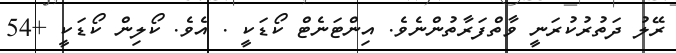
ރޭލު ދަތުރުކުރަނީ ވާތްފަރާތުންނެވެ. އިންޓަނެޓް ކޯޑަކީ . އެވެ. ކޯލިން ކޯޑަކީ +54